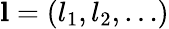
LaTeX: \mathbf{l}=(l_{1},l_{2},\ldots)